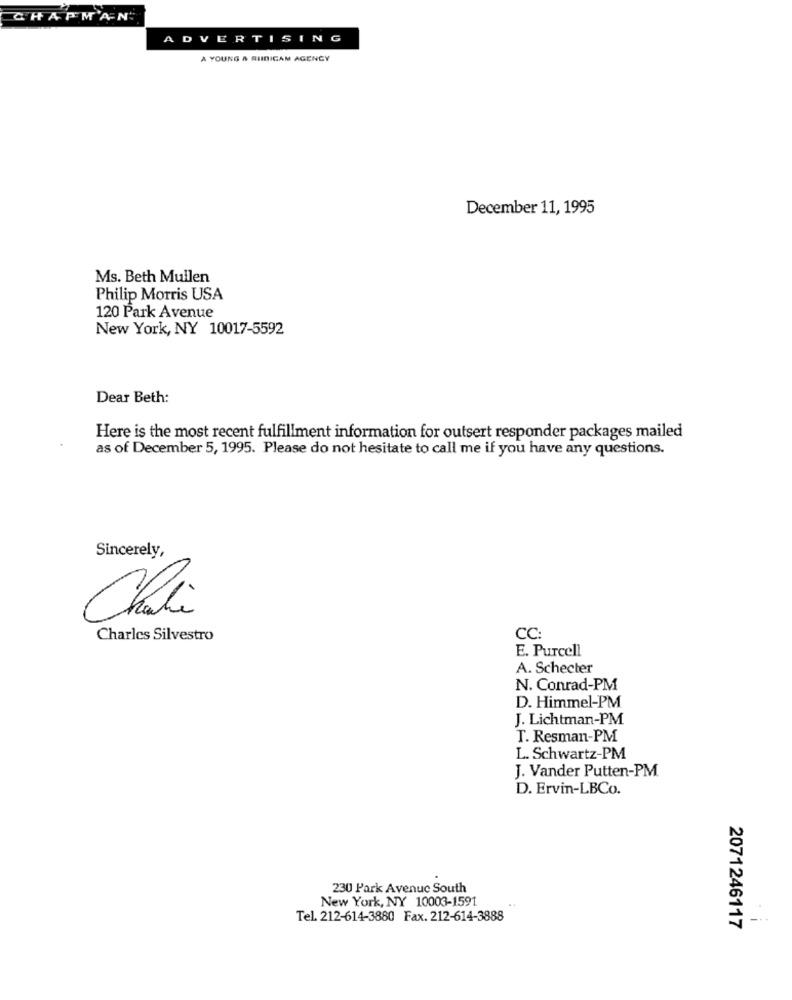
CHAPMAN
ADVERTISING
A YOUNG & RIIDIGAM AGENCY
December 11, 1995
Ms. Beth Mullen
Philip Morris USA
120 Park Avenue
New York, NY 10017-5592
Dear Beth:
Here is the most recent fulfillment information for outsert responder packages mailed
as of December 5, 1995. Please do not hesitate to call me if you have any questions.
Sincerely,
Charles Silvestro
cc
E. Purcell
A. Schecter
N. Conrad-PM
D. Himmel-PM
J. Lichtman-PM
T. Resman-PM
L. Schwartz-PM
J. Vander Putten-PM
D. Ervin-LBCo.
230 Park Avenue South
New York, NY 10003-1591
Tel. 212-614-3880 Fax. 212-614-3888
2071246117